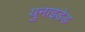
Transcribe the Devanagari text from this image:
युनाइडेड